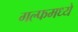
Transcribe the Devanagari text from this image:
गल्फमध्ये